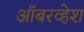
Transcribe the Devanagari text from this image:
ऑबरव्हेश